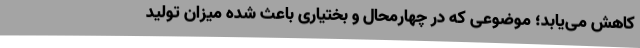
کاهش می‌یابد؛ موضوعی که در چهارمحال و بختیاری باعث شده میزان تولید